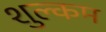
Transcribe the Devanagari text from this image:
शुल्कम